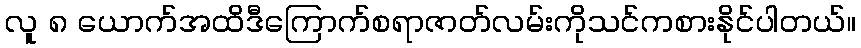
လူ ၈ ယောက်အထိဒီကြောက်စရာဇာတ်လမ်းကိုသင်ကစားနိုင်ပါတယ်။